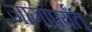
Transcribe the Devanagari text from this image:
जागांपर्यंत